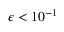
\epsilon < 1 0 ^ { - 1 }